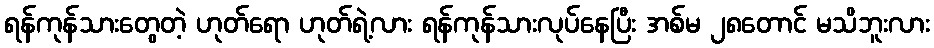
ရန်ကုန်သားတွေတဲ့ ဟုတ်ရော ဟုတ်ရဲ့လား ရန်ကုန်သားလုပ်နေပြီး အစ်မ ၂၈တောင် မသိဘူးလား